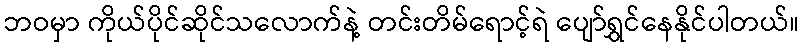
ဘဝမှာ ကိုယ်ပိုင်ဆိုင်သလောက်နဲ့ တင်းတိမ်ရောင့်ရဲ ပျော်ရွှင်နေနိုင်ပါတယ်။